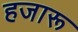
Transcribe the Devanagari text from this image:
हजारू